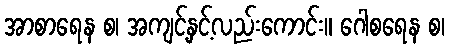
အာစာရေန စ၊ အကျင့်နှင့်လည်းကောင်း။ ဂေါစရေန စ၊